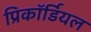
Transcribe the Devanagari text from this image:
प्रिकॉर्डियल